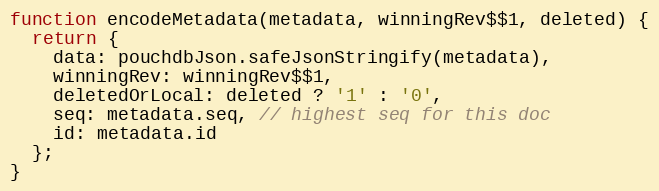
Language: JavaScript
function encodeMetadata(metadata, winningRev$$1, deleted) {
  return {
    data: pouchdbJson.safeJsonStringify(metadata),
    winningRev: winningRev$$1,
    deletedOrLocal: deleted ? '1' : '0',
    seq: metadata.seq, // highest seq for this doc
    id: metadata.id
  };
}